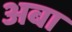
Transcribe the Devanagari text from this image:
अबा